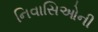
નિવાસિઓની